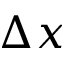
\Delta x